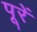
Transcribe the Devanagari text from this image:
पूरें